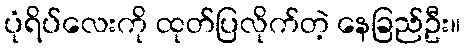
ပုံရိပ်လေးကို ထုတ်ပြလိုက်တဲ့ နေခြည်ဦး။